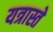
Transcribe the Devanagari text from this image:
यत्रास्ते